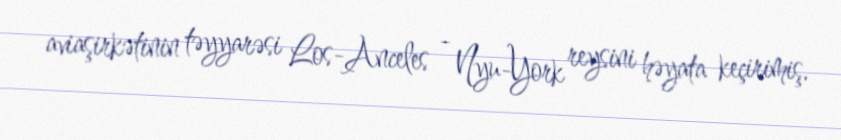
aviaşirkətinin təyyarəsi Los-Anceles - Nyu-York reysini həyata keçirimiş.